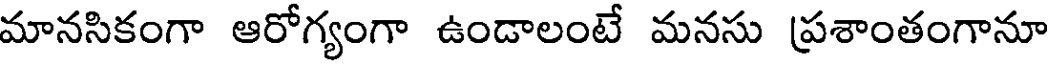
మానసికంగా ఆరోగ్యంగా ఉండాలంటే మనసు ప్రశాంతంగానూ